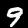
Label: 9